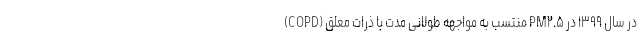
(COPD) منتسب به مواجهه طولانی مدت با ذرات معلق PM۲.۵ در سال ۱۳۹۹ در